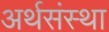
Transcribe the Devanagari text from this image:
अर्थसंस्था